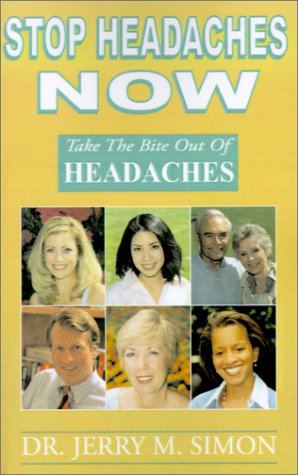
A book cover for Stop Headaches Now: Take the Bite Out of Headaches; Jerry Simon; Health, Fitness & Dieting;